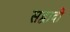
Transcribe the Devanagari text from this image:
सद्वादी